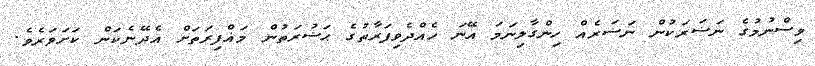
ވިސްނުމުގެ ނަޟަރަކުން ނަޟަރެއް ހިންގާލިނަމަ އޭނަ ހެއްދެވިފަރާތުގެ ޙަޟުރަތުން މަޣްފިރަތަށް އެދޭނެކަން ކަށަވަރެވެ.